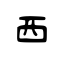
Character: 西